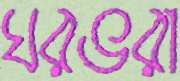
ঘরভরা